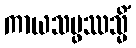
ကာယသမ္ဖဿသ္မိံ